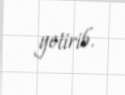
yetirib.